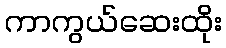
ကာကွယ်ဆေးထိုး